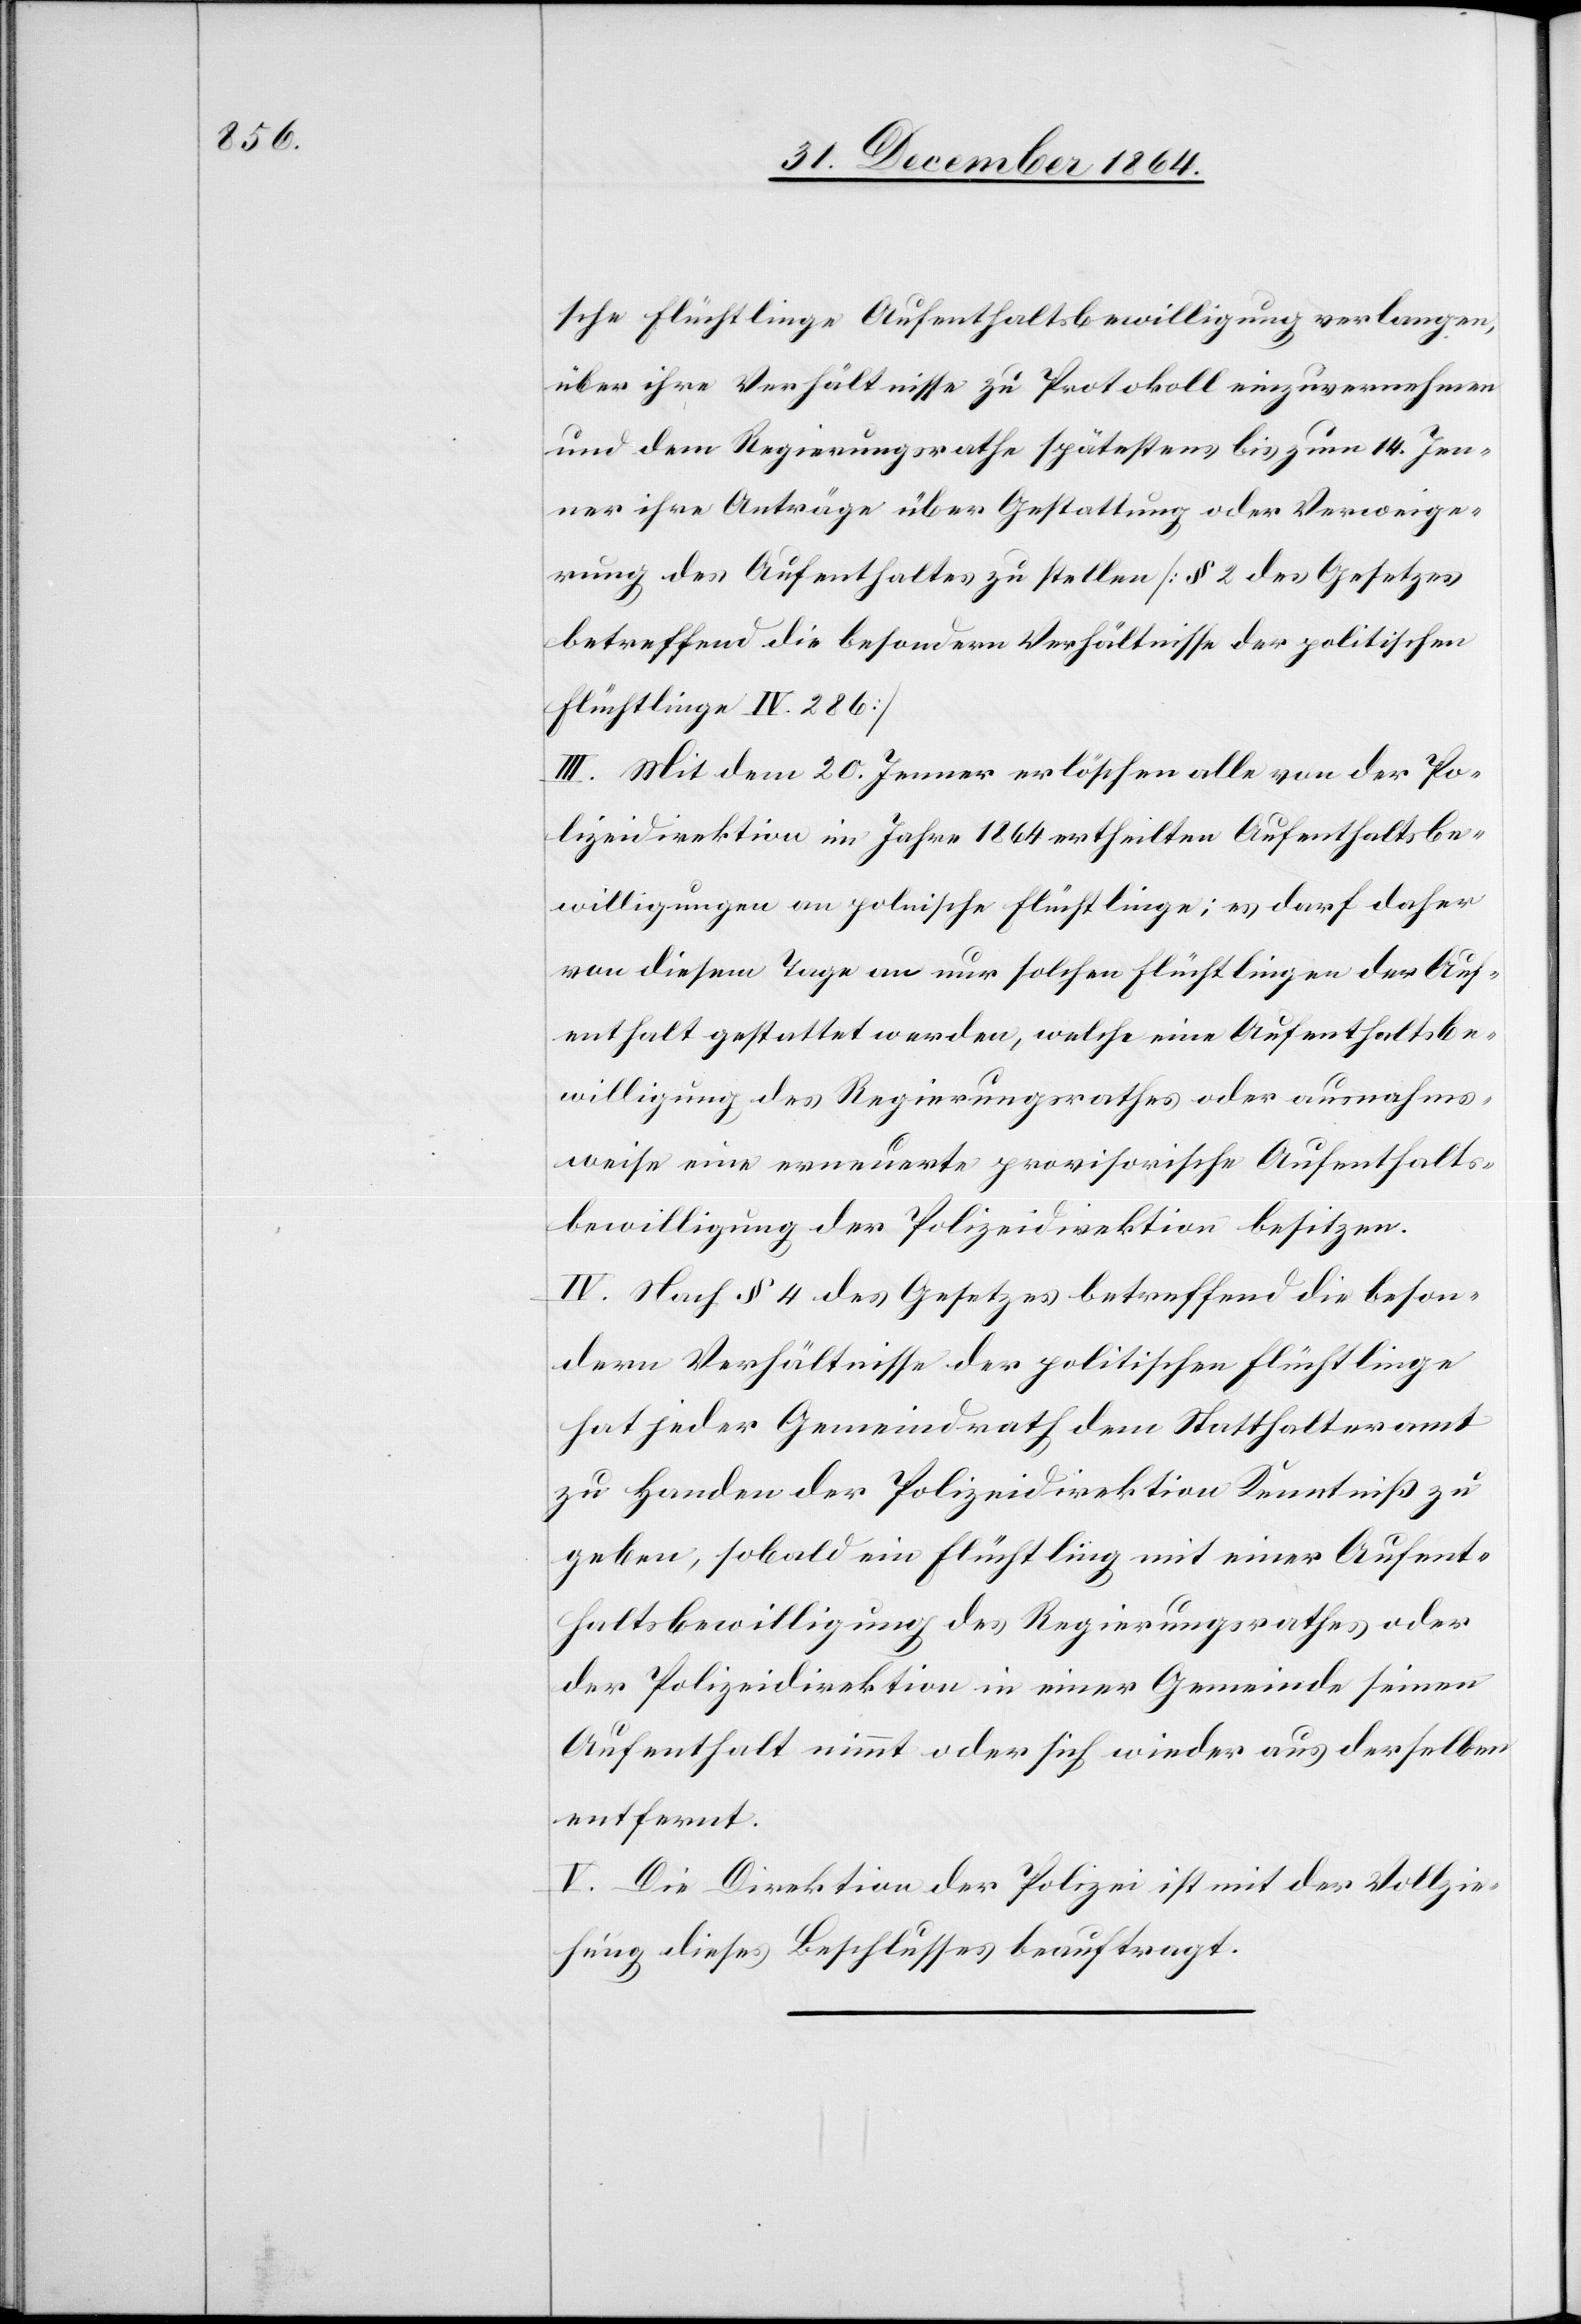
sche Flüchtlinge Aufenthaltsbewilligung verlangen,
über ihre Verhältnisse zu Protokoll einzuvernehmen
und dem Regierungsrathe spätestens bis zum 14. Jen¬
ner ihre Anträge über Gestattung oder Verweige¬
rung des Aufenthaltes zu stellen [§ 2 des Gesetzes
betreffend die besondern Verhältnisse der politischen
Flüchtlinge IV. 286]
III. Mit dem 20. Jenner erlöschen alle von der Po¬
lizeidirektion im Jahre 1864 ertheilten Aufenthaltsbe¬
willigungen an polnische Flüchtlinge; es darf daher
von diesem Tage an nur solchen Flüchtlingen der Auf¬
enthalt gestattet werden, welche eine Aufenthaltsbe¬
willigung des Regierungsrathes oder ausnahms¬
weise eine erneuerte provisorische Aufenthalts¬
bewilligung der Polizeidirektion besitzen.
IV. Nach § 4 des Gesetzes betreffend die beson¬
dern Verhältnisse der politischen Flüchtlinge
hat jeder Gemeindrath dem Statthalteramt
zu Handen der Polizeidirektion Kenntniß zu
geben, sobald ein Flüchtling mit einer Aufent¬
haltsbewilligung des Regierungsrathes oder
der Polizeidirektion in einer Gemeinde seinen
Aufenthalt nimmt oder sich wieder aus derselben
entfernt.
V. Die Direktion der Polizei ist mit der Vollzie¬
hung dieses Beschlusses beauftragt.